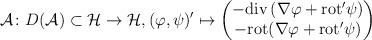
\begin{align*}\mathcal{A} \colon D(\mathcal{A}) \subset \mathcal{H} \to \mathcal{H}, (\varphi, \psi)' \mapsto\begin{pmatrix}-\mathrm{div}\, (\nabla \varphi + \mathrm{rot}' \psi) \\-\mathrm{rot} (\nabla \varphi + \mathrm{rot}' \psi)\end{pmatrix} \end{align*}